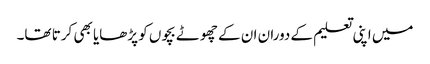
میں اپنی تعلیم کے دوران ان کے چھوٹے بچوں کو پڑھایا بھی کرتا تھا۔